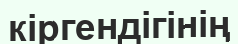
кіргендігінің